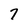
Character: 7